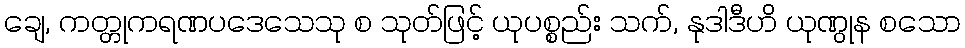
ချေ, ကတ္တုကရဏပဒေသေသု စ သုတ်ဖြင့် ယုပစ္စည်း သက်, နုဒါဒီဟိ ယုဏွုန စသော